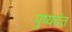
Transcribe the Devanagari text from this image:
पुष्यदंत